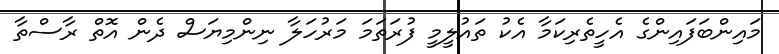
މައިންބަފައިންގެ އެހީތެރިކަމާ އެކު ތައުލީމީ ފުރަތަމަ މަރުހަލާ ނިންމިޔަސް ދެން އޮތް ރާސްތާ